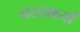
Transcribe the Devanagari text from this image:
नस्तार्क्ष्यो